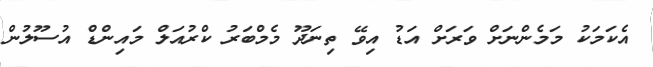
އެކަމަކު މަމެންނަށް ވަރަށް އަޑު އިވޭ ތިނަދޫ މެމްބަރު ކްރުއަލް މައިންޑް އުސޫލުން